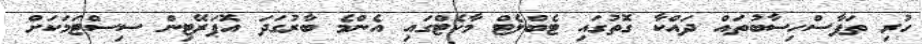
ހުރި ތަފާސްހިސާބުތައް ދައްކާ ގޮތުގައި ޓެބްލެޓް މާކެޓްގައި އެންމެ ބާރުގަދަ އޮޕަރޭޓިން ސިސްޓަމަކަށް